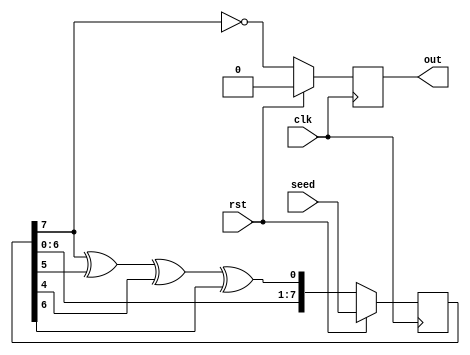
// LFSR by Sebastian Castro

`default_nettype none

module lfsr_logic(clk, rst, seed, out);
    parameter SEED_SIZE = 8;
    parameter REG_SIZE = 8;
    input clk, rst;
    input [SEED_SIZE-1:0] seed;
    output reg out;

    wire feedback;
    reg [REG_SIZE-1:0] lfsrchain;

    assign feedback = ((lfsrchain[REG_SIZE-1]^lfsrchain[REG_SIZE-3])^lfsrchain[REG_SIZE-4])^lfsrchain[REG_SIZE-2];

    always @(posedge clk) begin
        if (rst) begin
            lfsrchain <= seed;
            out <= 1'b0;
        end
        else begin
            lfsrchain <= {lfsrchain[REG_SIZE-2:0], feedback};
            out <= ~lfsrchain[REG_SIZE-1];
        end
    end
endmodule